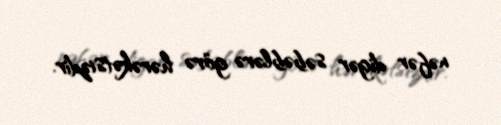
nəfər digər səbəblərə görə hərəkətsizdir.